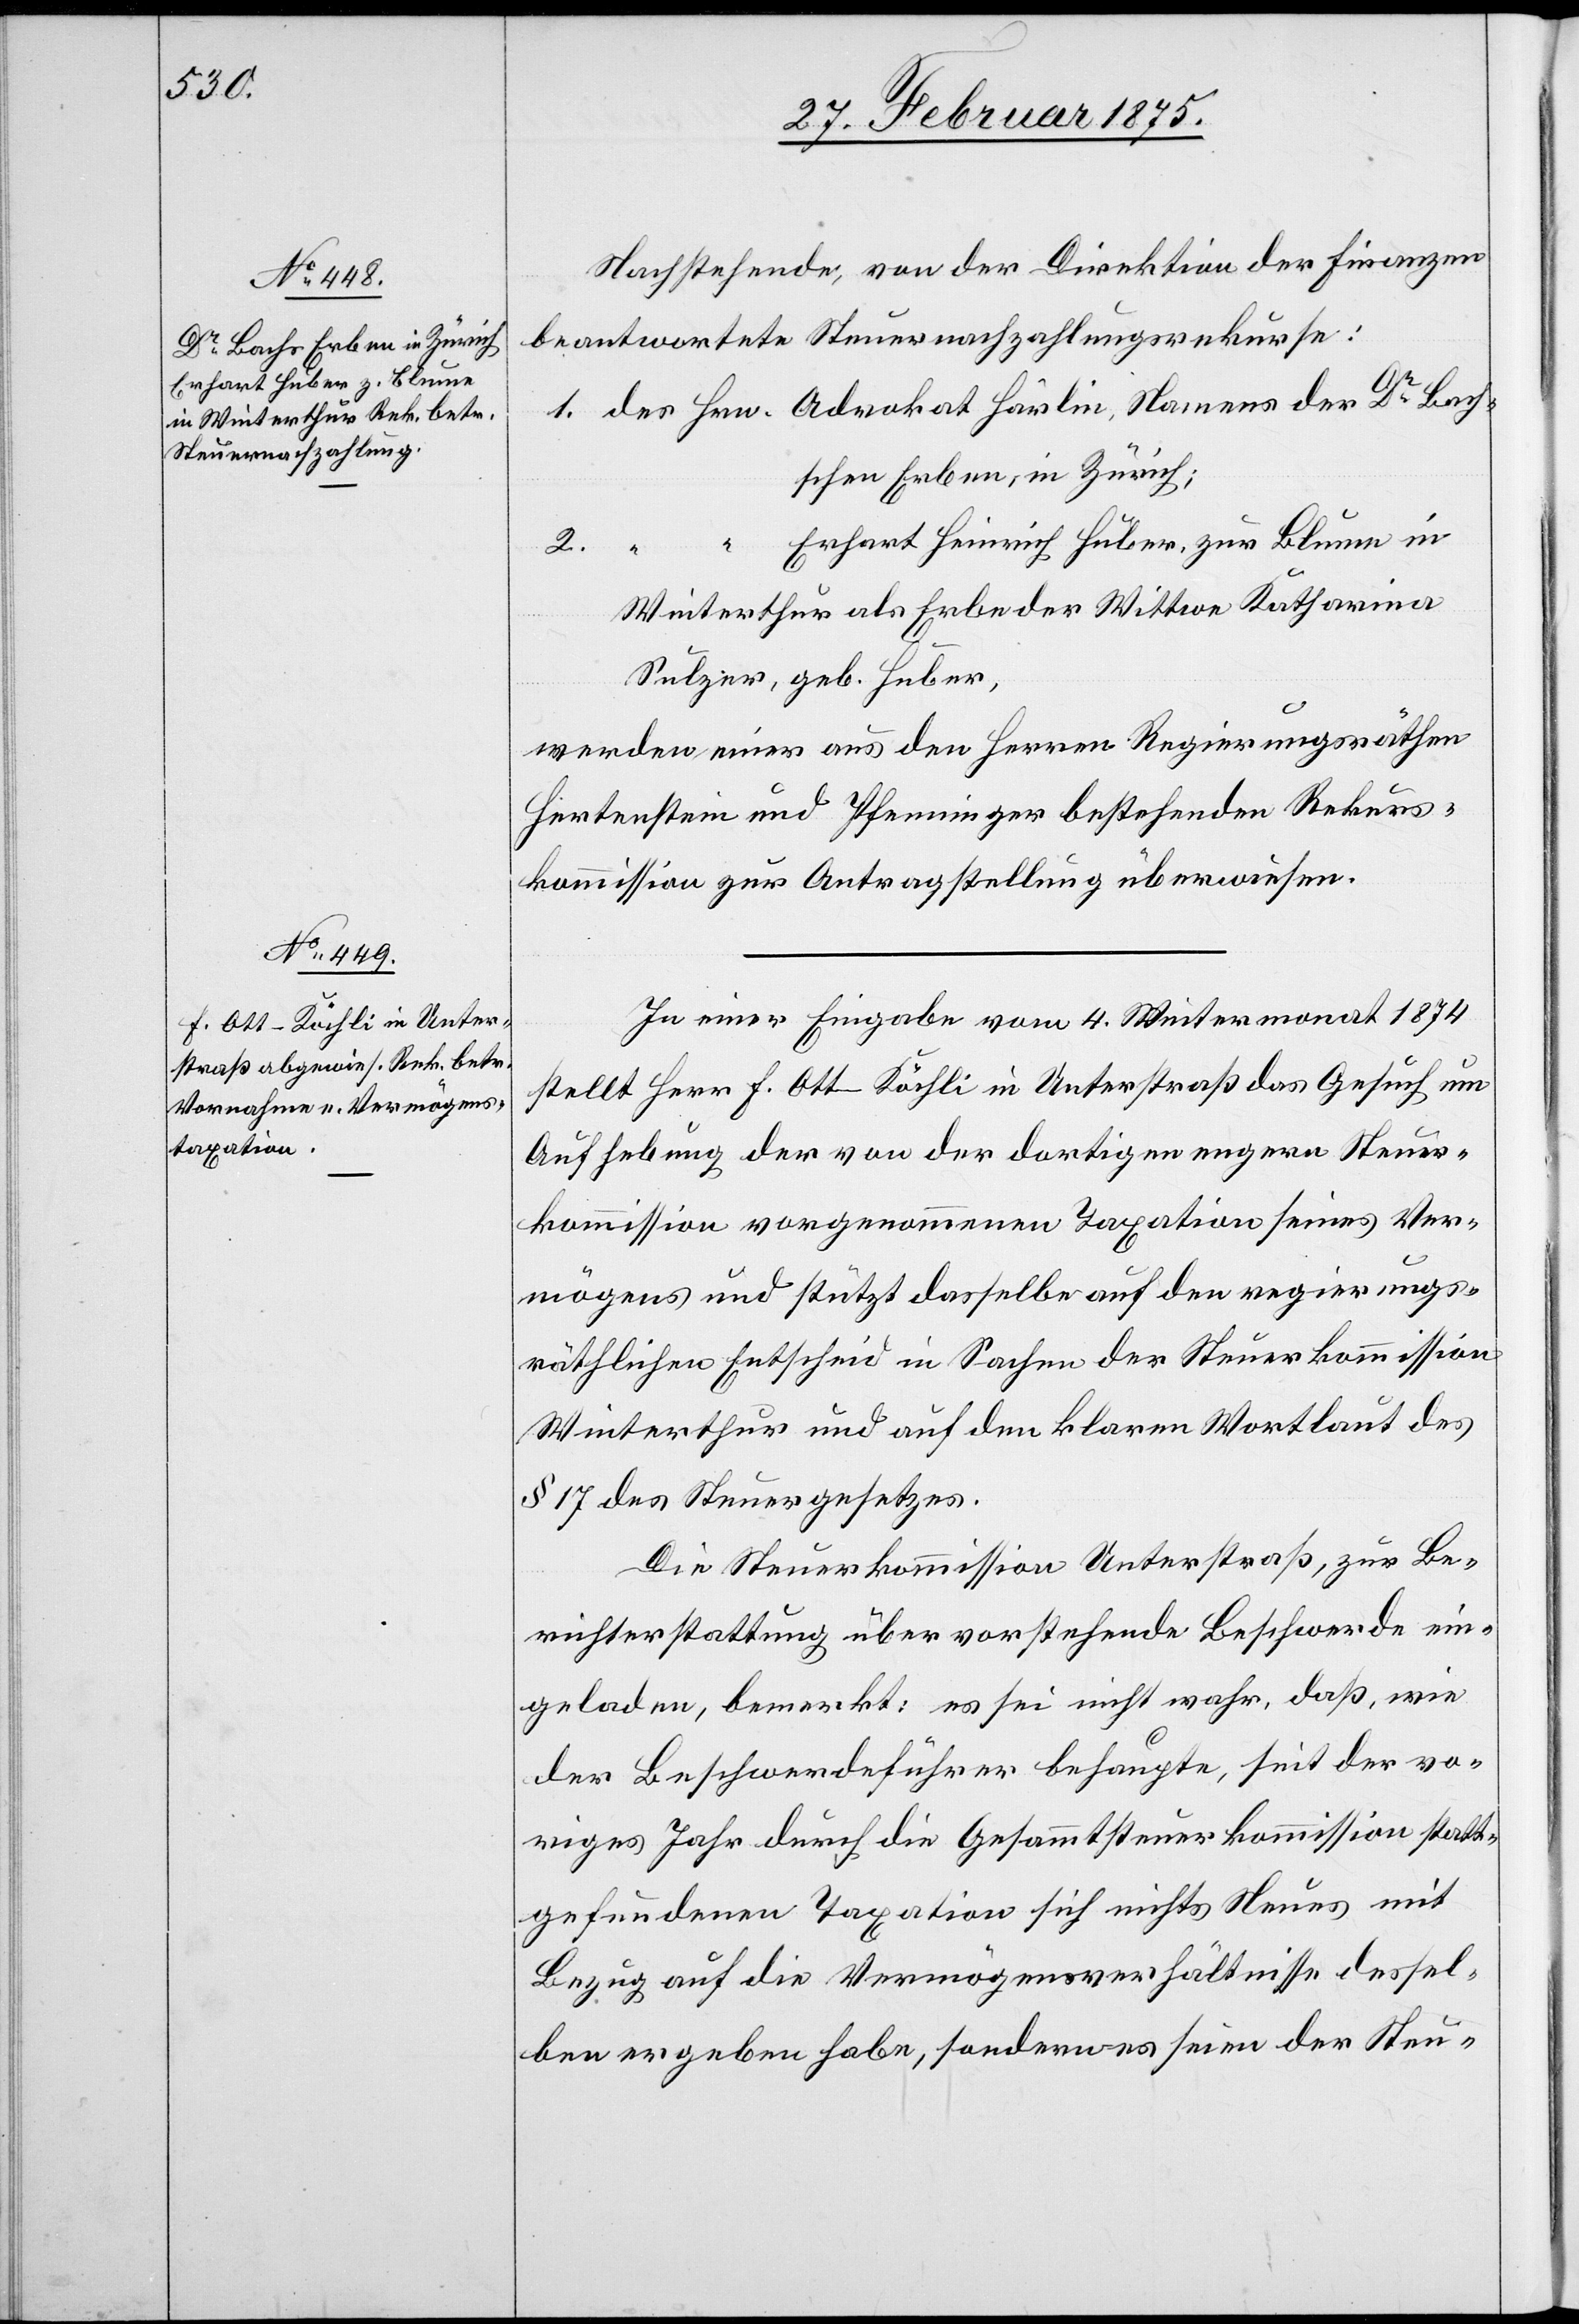
Steuer¬

Nachstehende, von der Direktion der Finanzen
beantwortete Steuernachzahlungsrekurse:
1. des Hrn. Advokat Härlin, Namens des Dr Bach¬
schen Erben, in Zürich;
Erhart Heinrich Huber, zur Blume in
Winterthur als Erben der Wittwe Katharina
Sulzer, geb. Huber,
werden einer aus den Herren Regierungsräthen
Hertenstein und Pfenninger bestehenden Rekurs¬
kommission zur Antragstellung überwiesen.
In einer Eingabe vom 4. Wintermonat 1874
stellt Herr F. Ott-Köchli in Unterstraß das Gesuch um
kommission vorgenommenen Taxation seines Ver¬
mögens und stützt dasselbe auf den regierungs¬
räthlichen Entscheid in Sachen der Steuerkommission
Winterthur und auf den klaren Wortlaut des
§ 17 des Steuergesetzes.
Die Steuerkommission Unterstraß, zur Be¬
richterstattung über vorstehende Beschwerde ein¬
geladen, bemerkt: es sei nicht wahr, daß, wie
der Beschwerdeführer behaupte, seit der vo¬
riges Jahr durch die Gesammtsteuerkommission statt¬
gefundenen Taxation sich nichts Neues mit
Bezug auf die Vermögensverhältnisse dessel¬
ben ergeben habe, sondern es seien der Steu-